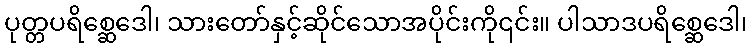
ပုတ္တပရိစ္ဆေဒေါ၊ သားတော်နှင့်ဆိုင်သောအပိုင်းကို၎င်း။ ပါသာဒပရိစ္ဆေဒေါ၊